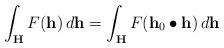
LaTeX: \begin{align*}\int_{\mathbf{H}} F(\mathbf{h}) \, d\mathbf{h}= \int_{\mathbf{H}} F(\mathbf{h}_0 \bullet \mathbf{h}) \, d\mathbf{h}\end{align*}